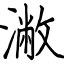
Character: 潎